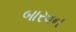
બારવન